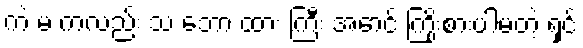
ကဲ မ ကလည်း သ ဘော ထား ကြီး အောင် ကြိုးစားပါမတဲ့ ရှင်